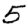
Digit: 5